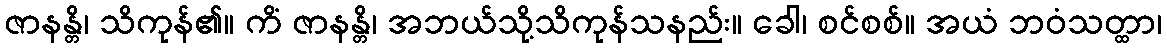
ဇာနန္တိ၊ သိကုန်၏။ ကိံ ဇာနန္တိ၊ အဘယ်သို့သိကုန်သနည်း။ ခေါ၊ စင်စစ်။ အယံ ဘဝံသတ္ထာ၊